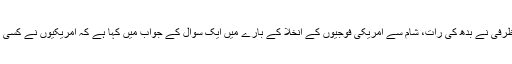
ایران کے وزیرخارجہ محمد جواد ظرفی نے بدھ کی رات، شام سے امریکی فوجیوں کے انخلا کے بارے میں ایک سوال کے جواب میں کہا ہے کہ امریکیوں نے کسی کے لئے بھی امن قائم نہیں کیا ہے۔